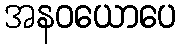
အနဝယောပေ